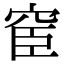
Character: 䆠